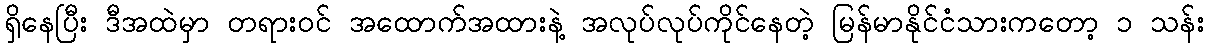
ရှိနေပြီး ဒီအထဲမှာ တရားဝင် အထောက်အထားနဲ့ အလုပ်လုပ်ကိုင်နေတဲ့ မြန်မာနိုင်ငံသားကတော့ ၁ သန်း